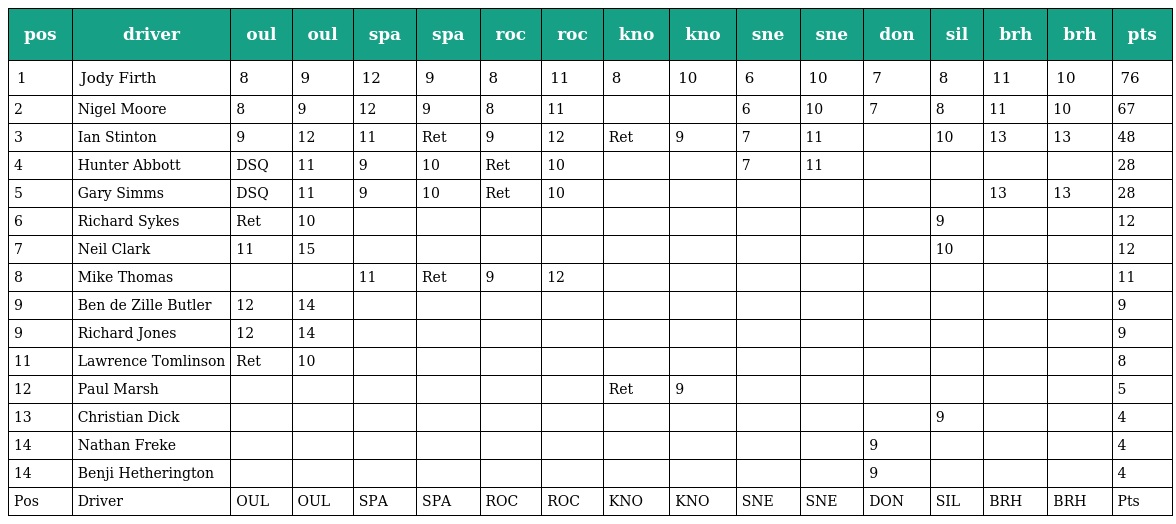
| pos | driver | oul | oul | spa | spa | roc | roc | kno | kno | sne | sne | don | sil | brh | brh | pts |
 | --- | --- | --- | --- | --- | --- | --- | --- | --- | --- | --- | --- | --- | --- | --- | --- | --- |
 | 1 | Jody Firth | 8 | 9 | 12 | 9 | 8 | 11 | 8 | 10 | 6 | 10 | 7 | 8 | 11 | 10 | 76 |
 | 2 | Nigel Moore | 8 | 9 | 12 | 9 | 8 | 11 |  |  | 6 | 10 | 7 | 8 | 11 | 10 | 67 |
 | 3 | Ian Stinton | 9 | 12 | 11 | Ret | 9 | 12 | Ret | 9 | 7 | 11 |  | 10 | 13 | 13 | 48 |
 | 4 | Hunter Abbott | DSQ | 11 | 9 | 10 | Ret | 10 |  |  | 7 | 11 |  |  |  |  | 28 |
 | 5 | Gary Simms | DSQ | 11 | 9 | 10 | Ret | 10 |  |  |  |  |  |  | 13 | 13 | 28 |
 | 6 | Richard Sykes | Ret | 10 |  |  |  |  |  |  |  |  |  | 9 |  |  | 12 |
 | 7 | Neil Clark | 11 | 15 |  |  |  |  |  |  |  |  |  | 10 |  |  | 12 |
 | 8 | Mike Thomas |  |  | 11 | Ret | 9 | 12 |  |  |  |  |  |  |  |  | 11 |
 | 9 | Ben de Zille Butler | 12 | 14 |  |  |  |  |  |  |  |  |  |  |  |  | 9 |
 | 9 | Richard Jones | 12 | 14 |  |  |  |  |  |  |  |  |  |  |  |  | 9 |
 | 11 | Lawrence Tomlinson | Ret | 10 |  |  |  |  |  |  |  |  |  |  |  |  | 8 |
 | 12 | Paul Marsh |  |  |  |  |  |  | Ret | 9 |  |  |  |  |  |  | 5 |
 | 13 | Christian Dick |  |  |  |  |  |  |  |  |  |  |  | 9 |  |  | 4 |
 | 14 | Nathan Freke |  |  |  |  |  |  |  |  |  |  | 9 |  |  |  | 4 |
 | 14 | Benji Hetherington |  |  |  |  |  |  |  |  |  |  | 9 |  |  |  | 4 |
 | Pos | Driver | OUL | OUL | SPA | SPA | ROC | ROC | KNO | KNO | SNE | SNE | DON | SIL | BRH | BRH | Pts |